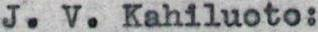
J. V. Kahiluoto: